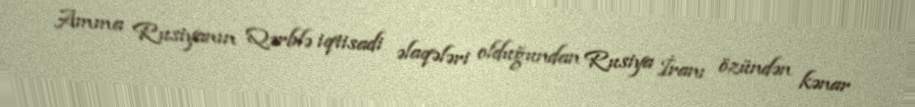
Amma Rusiyanın Qərblə iqtisadi əlaqələri olduğundan Rusiya İranı özündən kənar